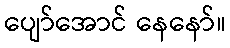
ပျော်အောင် နေနော်။